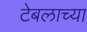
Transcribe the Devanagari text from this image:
टेबलाच्या